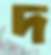
দ